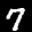
Label: 7